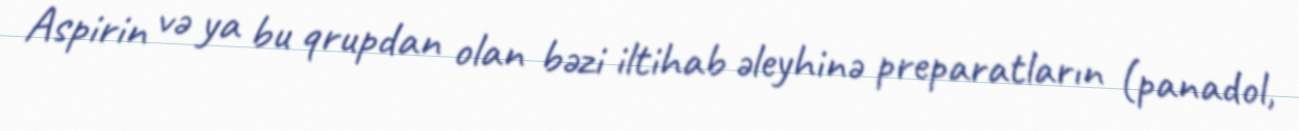
Aspirin və ya bu qrupdan olan bəzi iltihab əleyhinə preparatların (panadol,